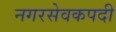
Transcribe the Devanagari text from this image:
नगरसेवकपदी